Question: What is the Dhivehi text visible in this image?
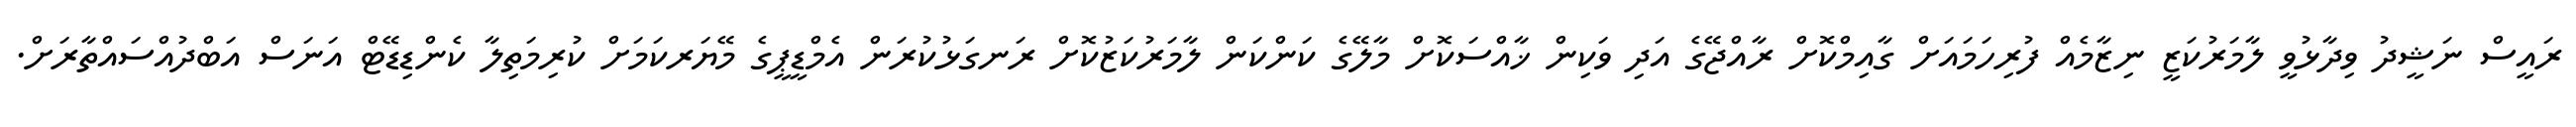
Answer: ރައީސް ނަޝީދު ވިދާޅުވީ ލާމަރުކަޒީ ނިޒާމެއް ފުރިހަމައަށް ގާއިމްކޮށް ރާއްޖޭގެ އަދި ވަކިން ޚާއްސަކޮށް މާލޭގެ ކަންކަން ލާމަރުކަޒުކޮށް ރަނގަޅުކުރަން އެމްޑީޕީގެ މޭޔަރކަމަށް ކުރިމަތިލާ ކެންޑިޑޭޓް އަނަސް އަބްދުއްސައްތާރަށް.